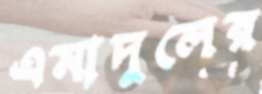
এমাদুলের